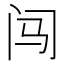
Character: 闯